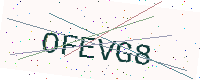
Text: OFEVG8